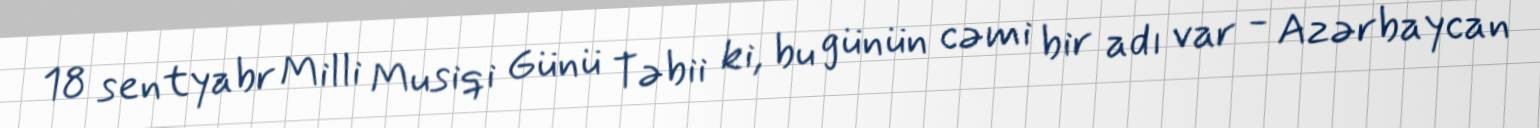
18 sentyabr Milli Musiqi Günü Təbii ki, bu günün cəmi bir adı var - Azərbaycan